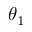
\theta _ { 1 }